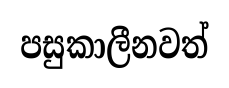
පසුකාලීනවත්